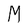
Character: M